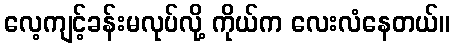
လေ့ကျင့်ခန်းမလုပ်လို့ ကိုယ်က လေးလံနေတယ်။